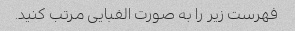
فهرست زیر را به صورت الفبایی مرتب کنید.